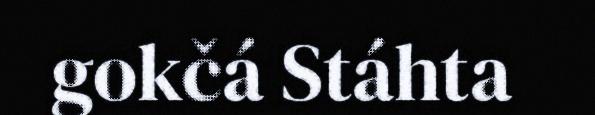
gokčá Stáhta